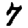
Digit: 7